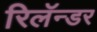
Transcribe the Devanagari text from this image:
रिलॅन्डर